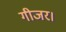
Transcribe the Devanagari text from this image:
गीजर।